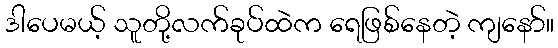
ဒါပေမယ့် သူတို့လက်ခုပ်ထဲက ရေဖြစ်နေတဲ့ ကျနော်။